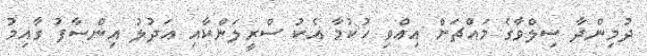
ދުމިންދާ ސިލްވާގެ މައްޗަށް އިއްވި ހުކުމާ އެކު ސްރީލަންކާއި އަދުލު އިންސާފު ގާއިމު